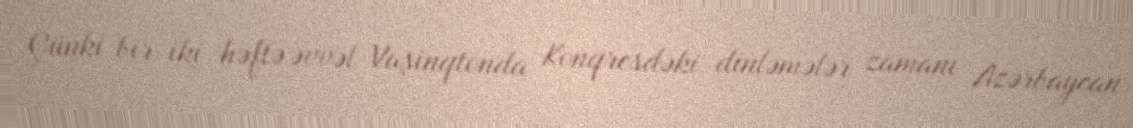
Çünki bir-iki həftə əvvəl Vaşinqtonda Konqresdəki dinləmələr zamanı Azərbaycan